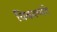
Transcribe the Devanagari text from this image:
विकल्प्यंते